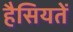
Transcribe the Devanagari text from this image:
हैसियतें